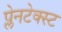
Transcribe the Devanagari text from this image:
प्लेनटेक्स्ट